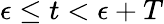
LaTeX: \epsilon\leq t<\epsilon+T